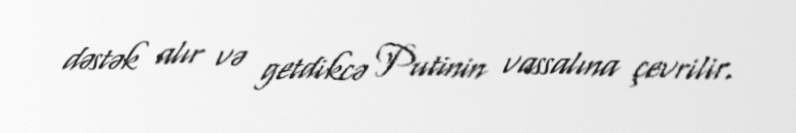
dəstək alır və getdikcə Putinin vassalına çevrilir.